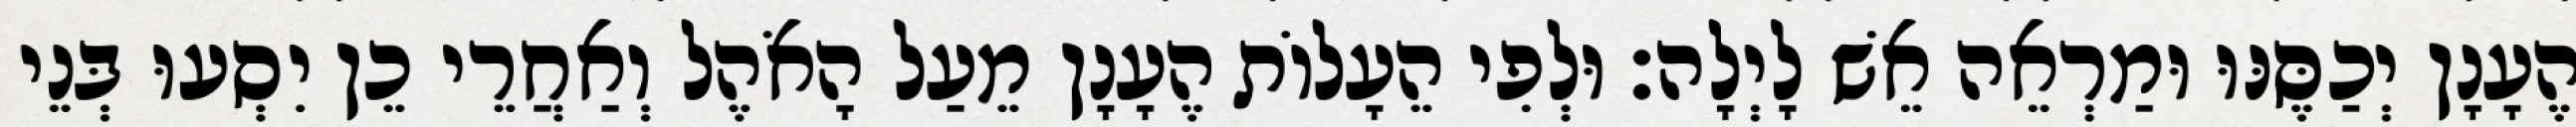
הֶעָנָן יְכַסֶּנּוּ וּמַרְאֵה אֵשׁ לָיְלָה׃ וּלְפִי הֵעָלוֹת הֶעָנָן מֵעַל הָאֹהֶל וְאַחֲרֵי כֵן יִסְעוּ בְּנֵי